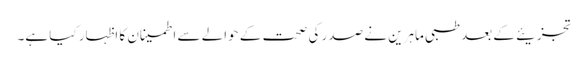
تجزیئے کے بعد طبی ماہرین نے صدر کی صحت کے حوالے سے اطمینان کا اظہار کیا ہے۔